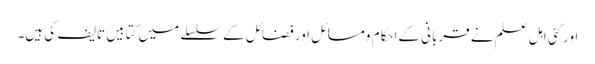
اور کئی اہل علم نے قربانی کےاحکام ومسائل اور فضائل کے سلسلے میں کتابیں تالیف کی ہیں۔